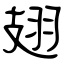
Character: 翅